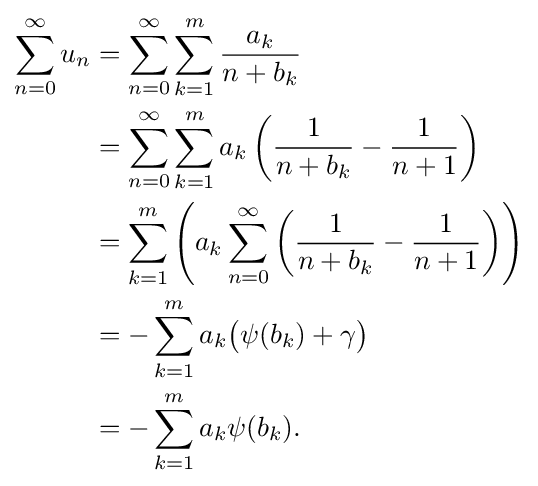
{\begin{aligned}\sum _{n=0}^{\infty }u_{n}&=\sum _{n=0}^{\infty }\sum _{k=1}^{m}{\frac {a_{k}}{n+b_{k}}}\\&=\sum _{n=0}^{\infty }\sum _{k=1}^{m}a_{k}\left({\frac {1}{n+b_{k}}}-{\frac {1}{n+1}}\right)\\&=\sum _{k=1}^{m}\left(a_{k}\sum _{n=0}^{\infty }\left({\frac {1}{n+b_{k}}}-{\frac {1}{n+1}}\right)\right)\\&=-\sum _{k=1}^{m}a_{k}{\big (}\psi (b_{k})+\gamma {\big )}\\&=-\sum _{k=1}^{m}a_{k}\psi (b_{k}).\end{aligned}}